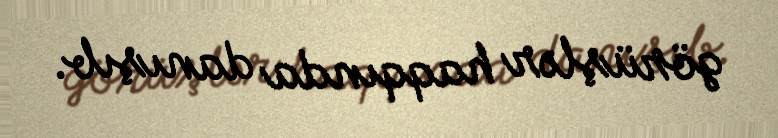
görüşlər haqqında danışıb.